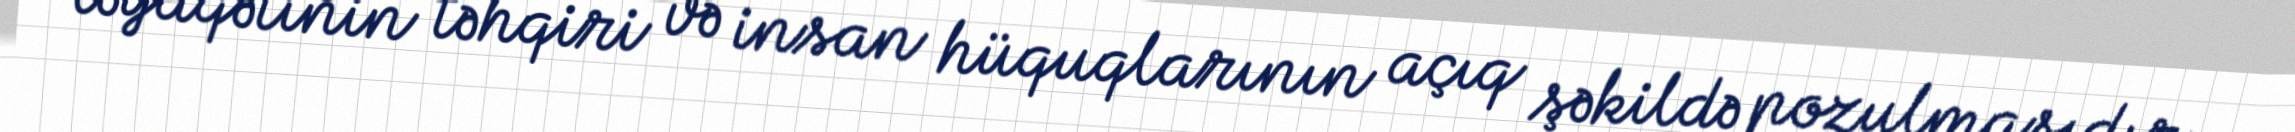
ləyaqətinin təhqiri və insan hüquqlarının açıq şəkildə pozulmasıdır.